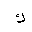
Letter: _kaf